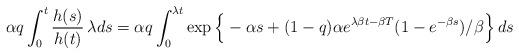
LaTeX: \begin{align*}\alpha q \int_0^t\frac{h(s)}{h(t)}\,\lambda ds=\alpha q\int_0^{\lambda t} \exp\Big\{-\alpha s+(1-q)\alpha e^{\lambda\beta t-\beta T}(1-e^{-\beta s})/\beta\Big\}\,ds \end{align*}